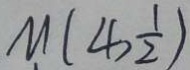
M ( 4 , \frac { 1 } { 2 } )